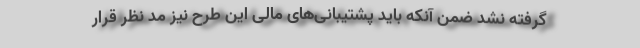
گرفته نشد ضمن آنکه باید پشتیبانی‌های مالی این طرح نیز مد نظر قرار